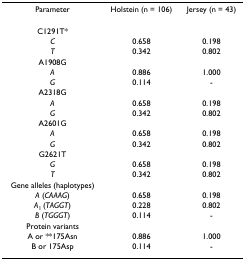
| Parameter | Holstein (n = 106) | Jersey (n = 43) |
 | --- | --- | --- |
 | C1291T* |  |  |
 | C | 0.658 | 0.198 |
 | T | 0.342 | 0.802 |
 | A1908G |  |  |
 | A | 0.886 | 1.000 |
 | G | 0.114 | - |
 | A2318G |  |  |
 | A | 0.658 | 0.198 |
 | G | 0.342 | 0.802 |
 | A2601G |  |  |
 | A | 0.658 | 0.198 |
 | G | 0.342 | 0.802 |
 | G2621T |  |  |
 | G | 0.658 | 0.198 |
 | T | 0.342 | 0.802 |
 | Gene alleles (haplotypes) |  |  |
 | A (CAAAG) | 0.658 | 0.198 |
 | A1 (TAGGT) | 0.228 | 0.802 |
 | B (TGGGT) | 0.114 | - |
 | Protein variants |  |  |
 | A or **175Asn | 0.886 | 1.000 |
 | B or 175Asp | 0.114 | - |